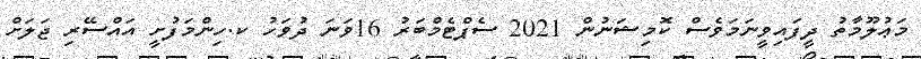
މަޢުލޫމާތު ދީފައިވީނަމަވެސް ކޮމިޝަނުން 2021 ސެޕްޓެމްބަރު 16ވަނަ ދުވަހު ކ.ހިންމަފުށީ އައްސޭރި ޖަލަށް